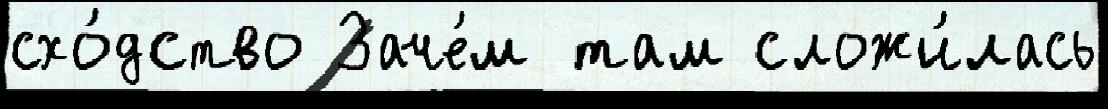
схо́дство Заче́м там сложи́лась